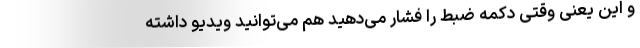
و این یعنی وقتی دکمه ضبط را فشار می‌دهید هم می‌توانید ویدیو داشته